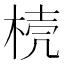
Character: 𣓘